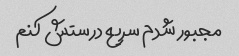
مجبور شدم سریع درستش کنم